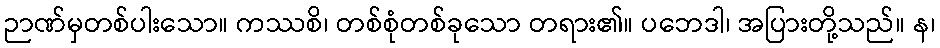
ဉာဏ်မှတစ်ပါးသော။ ကဿစိ၊ တစ်စုံတစ်ခုသော တရား၏။ ပဘေဒါ၊ အပြားတို့သည်။ န၊